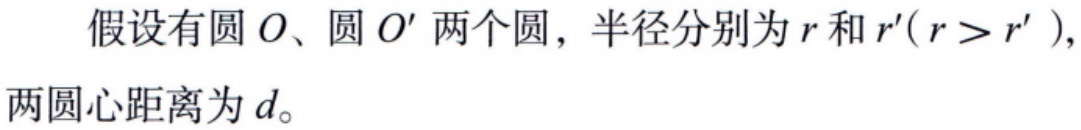
假设有圆 \(O\)、圆 \(O'\) 两个圆，半径分别为 \(r\) 和 \(r'(r > r')\)，两圆心距离为 \(d\)。